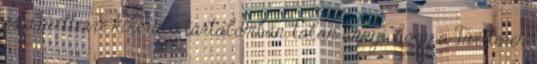
és aTwitterre kikerülő tartalomban, talán annyi, hogy a Twitteren